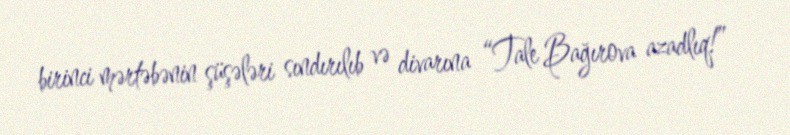
birinci mərtəbənin şüşələri sındırılıb və divarına “Tale Bağırova azadlıq!”